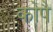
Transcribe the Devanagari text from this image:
कोपै